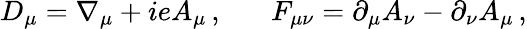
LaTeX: D_{\mu}=\nabla_{\mu}+ieA_{\mu}\, ,\, \, \, \, \, \, \, \, \, \, F_{\mu\nu}=\partial_{\mu}A_{\nu}-\partial_{\nu}A_{\mu}\, ,